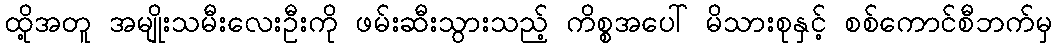
ထို့အတူ အမျိုးသမီးလေးဦးကို ဖမ်းဆီးသွားသည့် ကိစ္စအပေါ် မိသားစုနှင့် စစ်ကောင်စီဘက်မှ